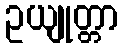
ဥယျုတ္တာ